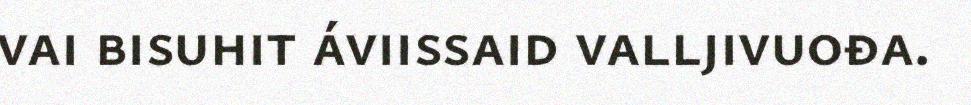
vai bisuhit áviissaid valljivuođa.